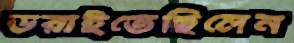
ডরাইতেছিলেন